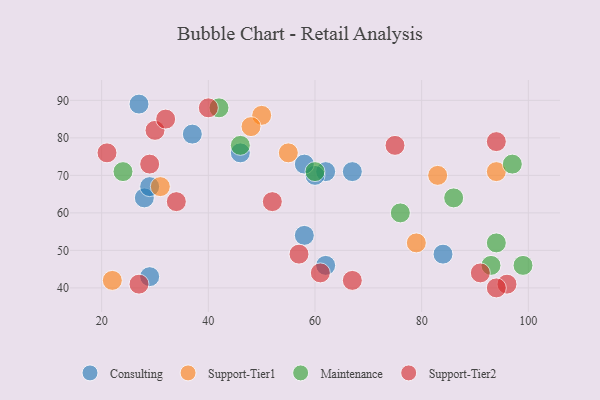
{"axis": {"x": "GDP", "y": "Life Expectancy"}, "legend": ["Consulting", "Maintenance", "Support-Tier1", "Support-Tier2"], "data": [{"x": "62", "y": 71, "type": "Consulting"}, {"x": "60", "y": 70, "type": "Consulting"}, {"x": "29", "y": 43, "type": "Consulting"}, {"x": "84", "y": 49, "type": "Consulting"}, {"x": "27", "y": 89, "type": "Consulting"}, {"x": "62", "y": 46, "type": "Consulting"}, {"x": "28", "y": 64, "type": "Consulting"}, {"x": "58", "y": 73, "type": "Consulting"}, {"x": "37", "y": 81, "type": "Consulting"}, {"x": "46", "y": 76, "type": "Consulting"}, {"x": "67", "y": 71, "type": "Consulting"}, {"x": "58", "y": 54, "type": "Consulting"}, {"x": "29", "y": 67, "type": "Consulting"}, {"x": "79", "y": 52, "type": "Support-Tier1"}, {"x": "31", "y": 67, "type": "Support-Tier1"}, {"x": "94", "y": 71, "type": "Support-Tier1"}, {"x": "83", "y": 70, "type": "Support-Tier1"}, {"x": "55", "y": 76, "type": "Support-Tier1"}, {"x": "50", "y": 86, "type": "Support-Tier1"}, {"x": "48", "y": 83, "type": "Support-Tier1"}, {"x": "22", "y": 42, "type": "Support-Tier1"}, {"x": "46", "y": 78, "type": "Maintenance"}, {"x": "76", "y": 60, "type": "Maintenance"}, {"x": "94", "y": 52, "type": "Maintenance"}, {"x": "93", "y": 46, "type": "Maintenance"}, {"x": "86", "y": 64, "type": "Maintenance"}, {"x": "97", "y": 73, "type": "Maintenance"}, {"x": "24", "y": 71, "type": "Maintenance"}, {"x": "42", "y": 88, "type": "Maintenance"}, {"x": "60", "y": 71, "type": "Maintenance"}, {"x": "99", "y": 46, "type": "Maintenance"}, {"x": "29", "y": 73, "type": "Support-Tier2"}, {"x": "94", "y": 79, "type": "Support-Tier2"}, {"x": "96", "y": 41, "type": "Support-Tier2"}, {"x": "61", "y": 44, "type": "Support-Tier2"}, {"x": "40", "y": 88, "type": "Support-Tier2"}, {"x": "57", "y": 49, "type": "Support-Tier2"}, {"x": "94", "y": 40, "type": "Support-Tier2"}, {"x": "52", "y": 63, "type": "Support-Tier2"}, {"x": "30", "y": 82, "type": "Support-Tier2"}, {"x": "32", "y": 85, "type": "Support-Tier2"}, {"x": "34", "y": 63, "type": "Support-Tier2"}, {"x": "91", "y": 44, "type": "Support-Tier2"}, {"x": "21", "y": 76, "type": "Support-Tier2"}, {"x": "75", "y": 78, "type": "Support-Tier2"}, {"x": "27", "y": 41, "type": "Support-Tier2"}, {"x": "67", "y": 42, "type": "Support-Tier2"}]}